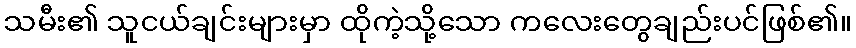
သမီး၏ သူငယ်ချင်းများမှာ ထိုကဲ့သို့သော ကလေးတွေချည်းပင်ဖြစ်၏။